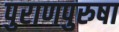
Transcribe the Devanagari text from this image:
पुराणपुरुषा